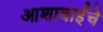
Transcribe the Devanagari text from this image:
आशाबाईंचे